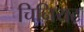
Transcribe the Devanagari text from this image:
चिनियट